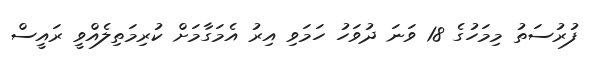
ފުރުސަތު މިމަހުގެ 18 ވަނަ ދުވަހު ހަމަވި އިރު އެމަގާމަށް ކުރިމަތިލެއްވީ ރައީސް